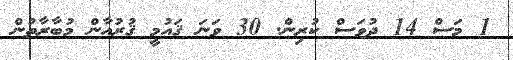
1 މަސް 14 ދުވަސް ކުރިން. 30 ވަނަ ޤައުމީ ޤުރުއާން މުބާރާތުން